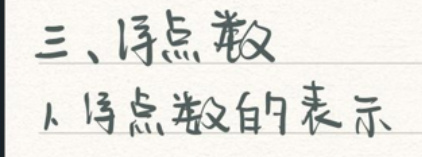
三、浮点数
1. 浮点数的表示